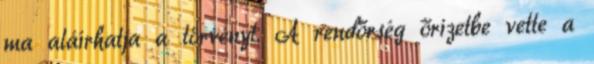
ma aláírhatja a törvényt. A rendőrség őrizetbe vette a